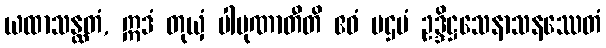
ယထာသန္ထတံ, ဣဒံ တုယှံ ပါပုဏာတီတိ ဧဝံ ပဌမံ ဥဒ္ဒိဋ္ဌသေနာသနဿေတံ